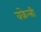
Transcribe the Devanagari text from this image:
वकेली